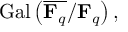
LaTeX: \operatorname { G a l } \left( { \overline { { \mathbf { F } _ { q } } } } / \mathbf { F } _ { q } \right) ,